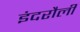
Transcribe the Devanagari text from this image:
इंदरौली